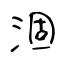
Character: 涸